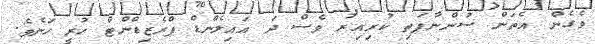
ވެގެން އެތަން ސުންނާފަތި ކުރިއިރު ވެސް ދަ އައިލެންޑް ޕްރެޒިޑްންޓް ހުރީ ހަނެވެ.